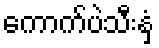
ကောက်ပဲသီးနှံ